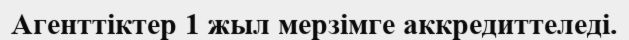
Агенттіктер 1 жыл мерзімге аккредиттеледі.